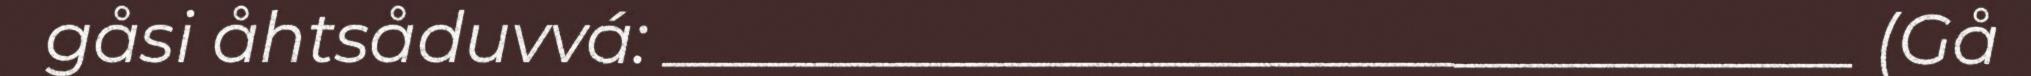
gåsi åhtsåduvvá: __________________________________ (Gå